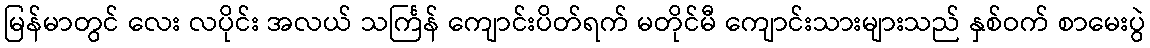
မြန်မာတွင် လေး လပိုင်း အလယ် သင်္ကြန် ကျောင်းပိတ်ရက် မတိုင်မီ ကျောင်းသားများသည် နှစ်ဝက် စာမေးပွဲ